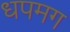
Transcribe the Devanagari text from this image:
धपमग